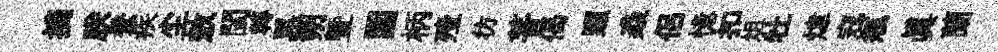
摘朕蚕疾尘敖閩轉黑朔曁圍柄殪彷菩偈照猋侶憶扣俎牡煒寇瓶眞蘭